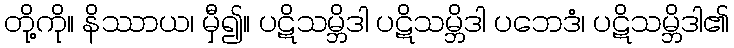
တို့ကို။ နိဿာယ၊ မှီ၍။ ပဋိသမ္ဘိဒါ ပဋိသမ္ဘိဒါ ပဘေဒံ၊ ပဋိသမ္ဘိဒါ၏